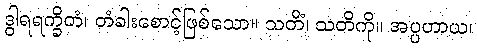
ဒွါရရက္ခိတံ၊ တံခါးစောင့်ဖြစ်သော။ သတိံ၊ သတိကို။ အပ္ပဟာယ၊